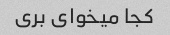
کجا میخوای بری